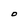
Character: O